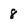
Character: 8